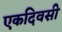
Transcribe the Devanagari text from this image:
एकदिवसी